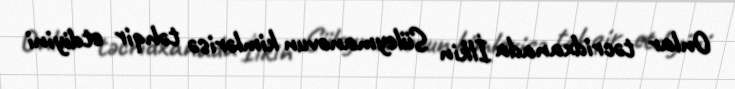
Onlar təcridxanada İlkin Süleymanovun kimlərisə təhqir etdiyini